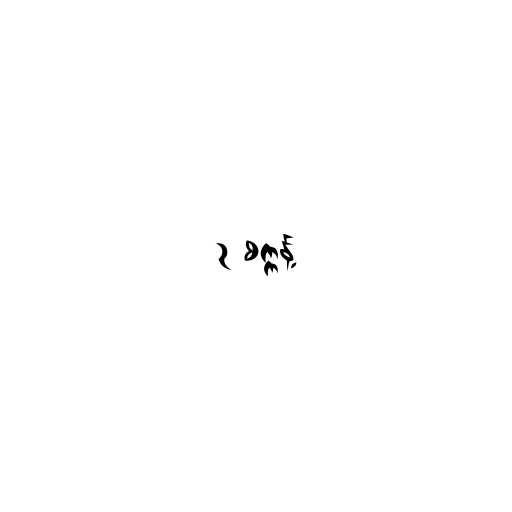
၃ စက္ကန့်